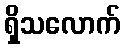
ရှိသလောက်